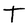
Character: T